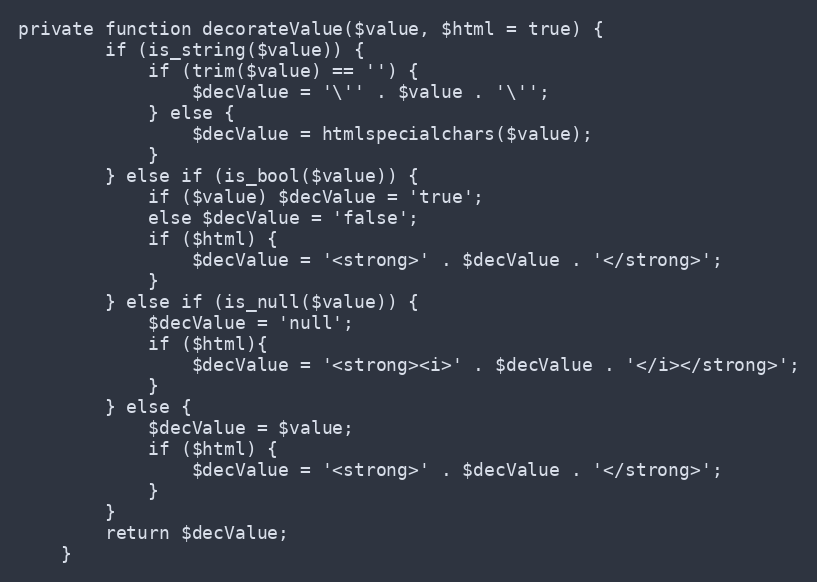
Language: PHP
private function decorateValue($value, $html = true) {
		if (is_string($value)) {
			if (trim($value) == '') {
				$decValue = '\'' . $value . '\'';
			} else {
				$decValue = htmlspecialchars($value);
			}
		} else if (is_bool($value)) {
			if ($value) $decValue = 'true';
			else $decValue = 'false';
			if ($html) {
				$decValue = '<strong>' . $decValue . '</strong>';
			}
		} else if (is_null($value)) {
			$decValue = 'null';
			if ($html){
				$decValue = '<strong><i>' . $decValue . '</i></strong>';
			}
		} else {
			$decValue = $value;
			if ($html) {
				$decValue = '<strong>' . $decValue . '</strong>';
			}
		}
		return $decValue;
	}